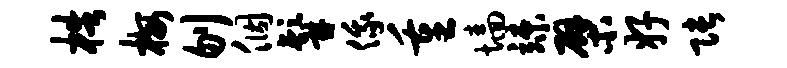
梏梅刎个髯俄重墙竦檗好张